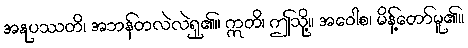
အနုပဿတိ၊ အဘန်တလဲလဲရှု၏။ ဣတိ၊ ဤသို့။ အဝေါစ၊ မိန့်တော်မူ၏။